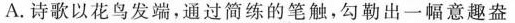
A.诗歌以花鸟发端，通过简练的笔触，勾勒出一幅意趣盎